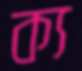
ক্য